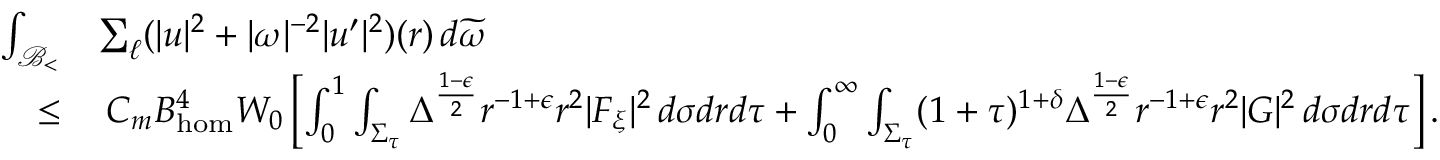
\begin{array} { r l } { \int _ { { \mathcal { B } _ { < } } } } & { \sum _ { \ell } ( | u | ^ { 2 } + | \omega | ^ { - 2 } | u ^ { \prime } | ^ { 2 } ) ( r ) \, d \widetilde { \omega } } \\ { \leq } & { \: C _ { m } B _ { \mathrm { h o m } } ^ { 4 } W _ { 0 } \left[ \int _ { 0 } ^ { 1 } \int _ { \Sigma _ { \tau } } \Delta ^ { \frac { 1 - \epsilon } { 2 } } r ^ { - 1 + \epsilon } r ^ { 2 } | F _ { \xi } | ^ { 2 } \, d \sigma d r d \tau + \int _ { 0 } ^ { \infty } \int _ { \Sigma _ { \tau } } ( 1 + \tau ) ^ { 1 + \delta } \Delta ^ { \frac { 1 - \epsilon } { 2 } } r ^ { - 1 + \epsilon } r ^ { 2 } | G | ^ { 2 } \, d \sigma d r d \tau \right] . } \end{array}